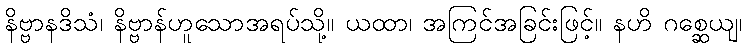
နိဗ္ဗာနဒိသံ၊ နိဗ္ဗာန်ဟူသောအရပ်သို့။ ယထာ၊ အကြင်အခြင်းဖြင့်။ နဟိ ဂစ္ဆေယျ၊